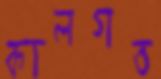
কালগত